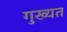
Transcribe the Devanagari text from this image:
गुख्यत